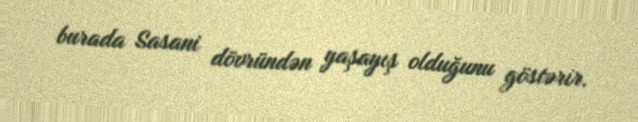
burada Sasani dövründən yaşayış olduğunu göstərir.